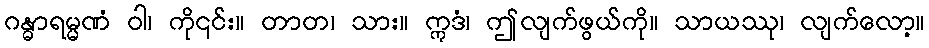
ဂန္ဓာရမ္မဏံ ဝါ၊ ကို၎င်း။ တာတ၊ သား။ ဣဒံ၊ ဤလျက်ဖွယ်ကို။ သာယဿု၊ လျက်လော့။